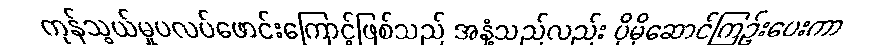
ကုန်သွယ်မှုပလပ်ဖောင်းကြောင့်ဖြစ်သည် အနံ့သည်လည်း ပိုမိုဆောင်ကြဉ်းပေးကာ